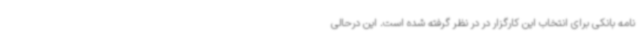
نامه بانکی برای انتخاب این کارگزار در در نظر گرفته شده است. این درحالی